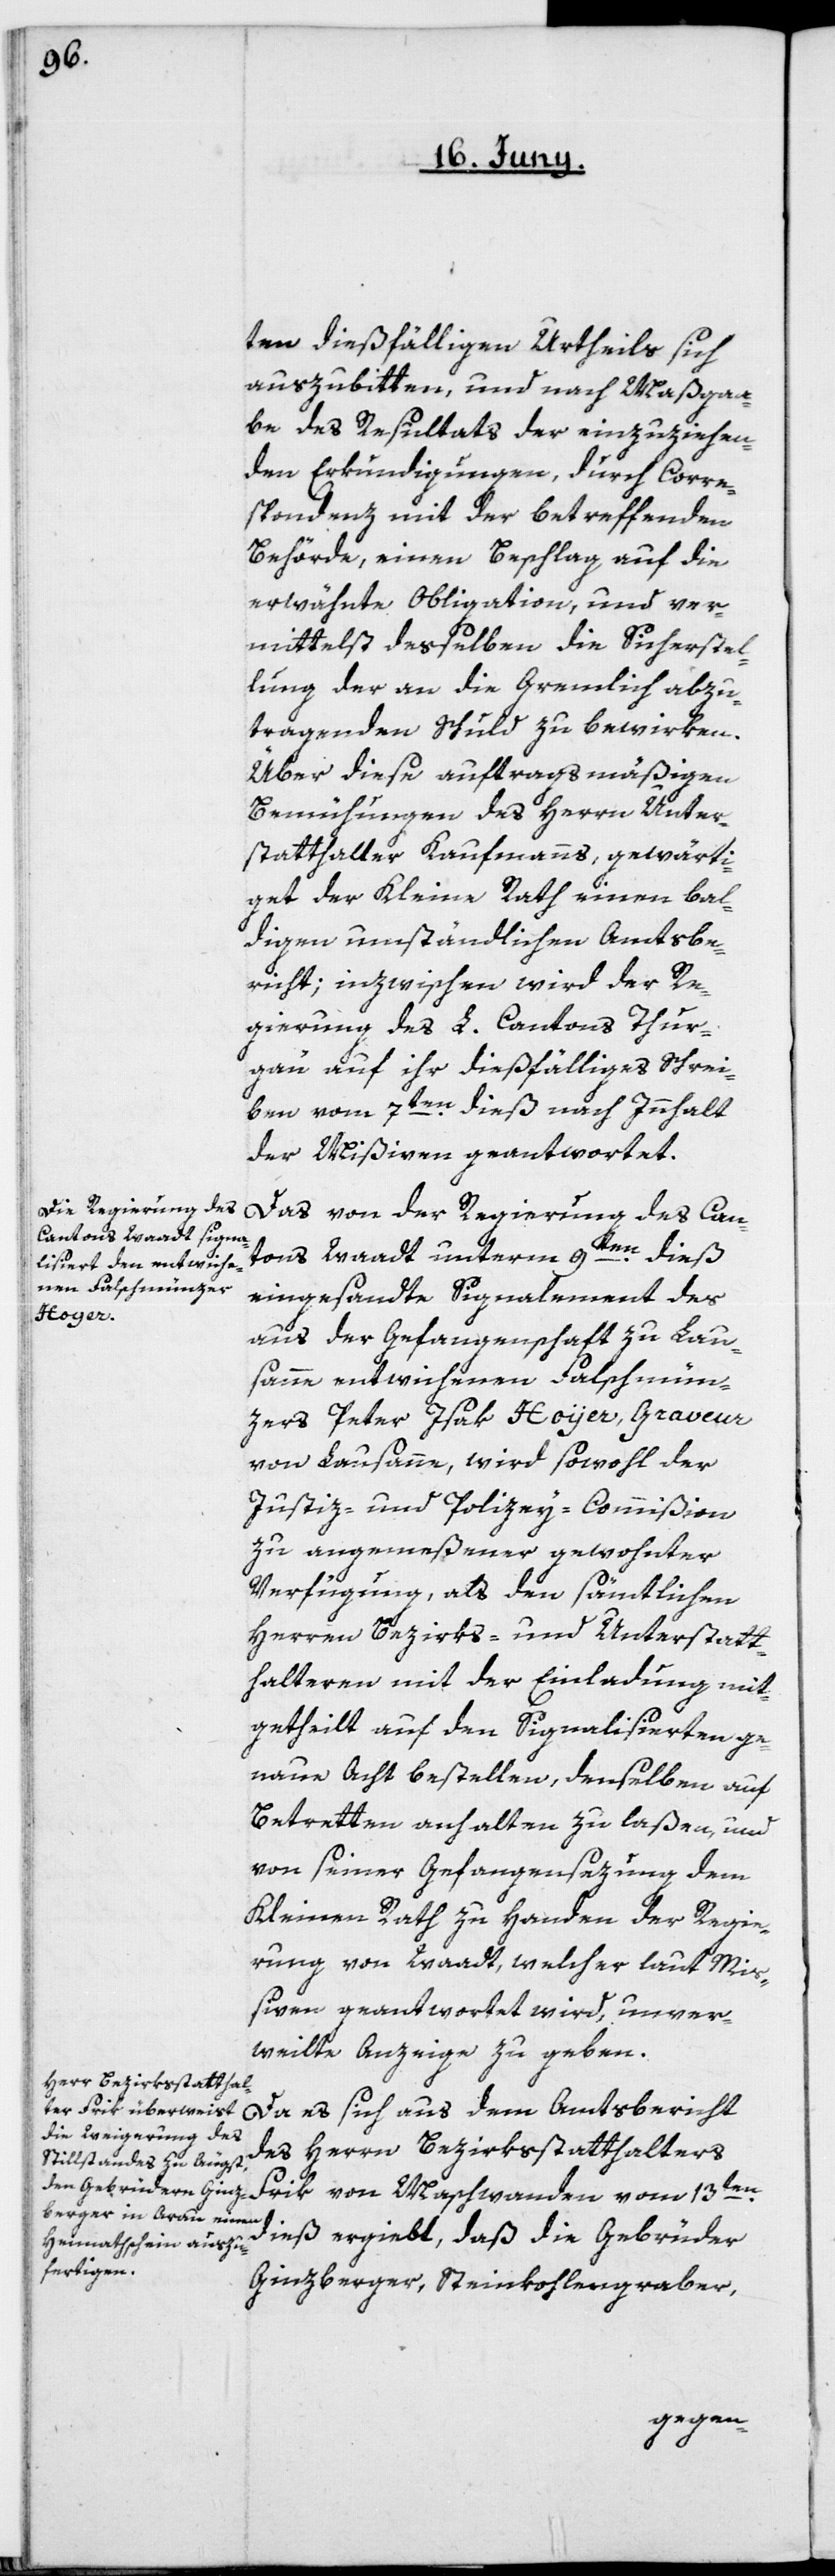
ten dießfälligen Urtheils sich
auszubitten, und nach Maßgaa¬
be des Resultats der einzuziehen¬
den Erkundigungen, durch Corre¬
spondenz mit der betreffenden
Behörde, einen Beschlag auf die
erwähnte Obligation, und ver¬
mittelst desselben die Sicherstel¬
lung der an die Gremlich abzu¬
tragenden Schuld zu bewirken.
Über diese auftragsmäßigen
Bemühungen des Herrn Unter¬
statthalter Kaufmanns, gewärti¬
get der Kleine Rath einen bal¬
digen umständlichen Amtsbe¬
richt; inzwischen wird der Re¬
gierung des L. Cantons Thur¬
gau auf ihr dießfälliges Schrei¬
ben vom 7ten dieß nach Innhalt
der Mißiven geantwortet.
Das von der Regierung des Can¬
tons Waadt unterm 9ten dieß
eingesandte Signalement des
aus der Gefangenschaft zu Lau¬
sanne entwichenen Falschmün¬
zers Peter Isak Hoyer, Graveur
von Lausanne, wird sowohl der
Justiz- und Polizey-Commißion
zu angemeßener gewohnter
Verfügung, als den sämtlichen
Herren Bezirks- und Unterstatt¬
halteren mit der Einladung mit¬
getheilt, auf den Signalisierten ge¬
naue Acht bestellen, denselben auf
Betretten anhalten zu laßen, und
von seiner Gefangensezung dem
Kleinen Rath zu Handen der Regie¬
rung von Waadt, welcher laut Mi¬
ßiven geantwortet wird, unver¬
weilte Anzeige zu geben.
Da es sich aus dem Amtsbericht
des Herrn Bezirksstatthalters
Frik von Maschwanden vom 13ten
dieß ergiebt, daß die Gebrüder
Ginzberger, Steinkohlengraber,